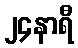
၂၄နာရီ